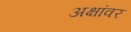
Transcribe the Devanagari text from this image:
अक्षांवर